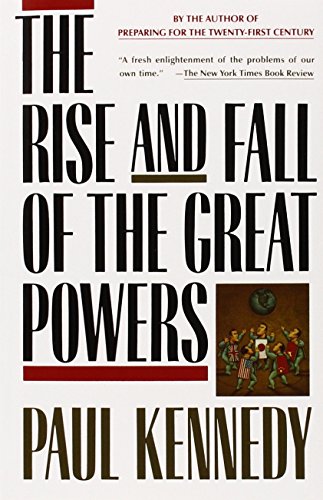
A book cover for The Rise and Fall of the Great Powers; Paul Kennedy; Business & Money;